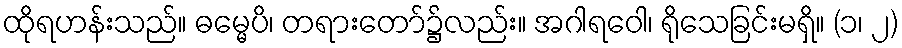
ထိုရဟန်းသည်။ ဓမ္မေပိ၊ တရားတော်၌လည်း။ အဂါရဝေါ၊ ရိုသေခြင်းမရှိ။ (၁၊ ၂)